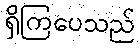
ရှိကြပေသည်